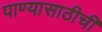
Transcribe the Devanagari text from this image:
पाण्यासाठीची